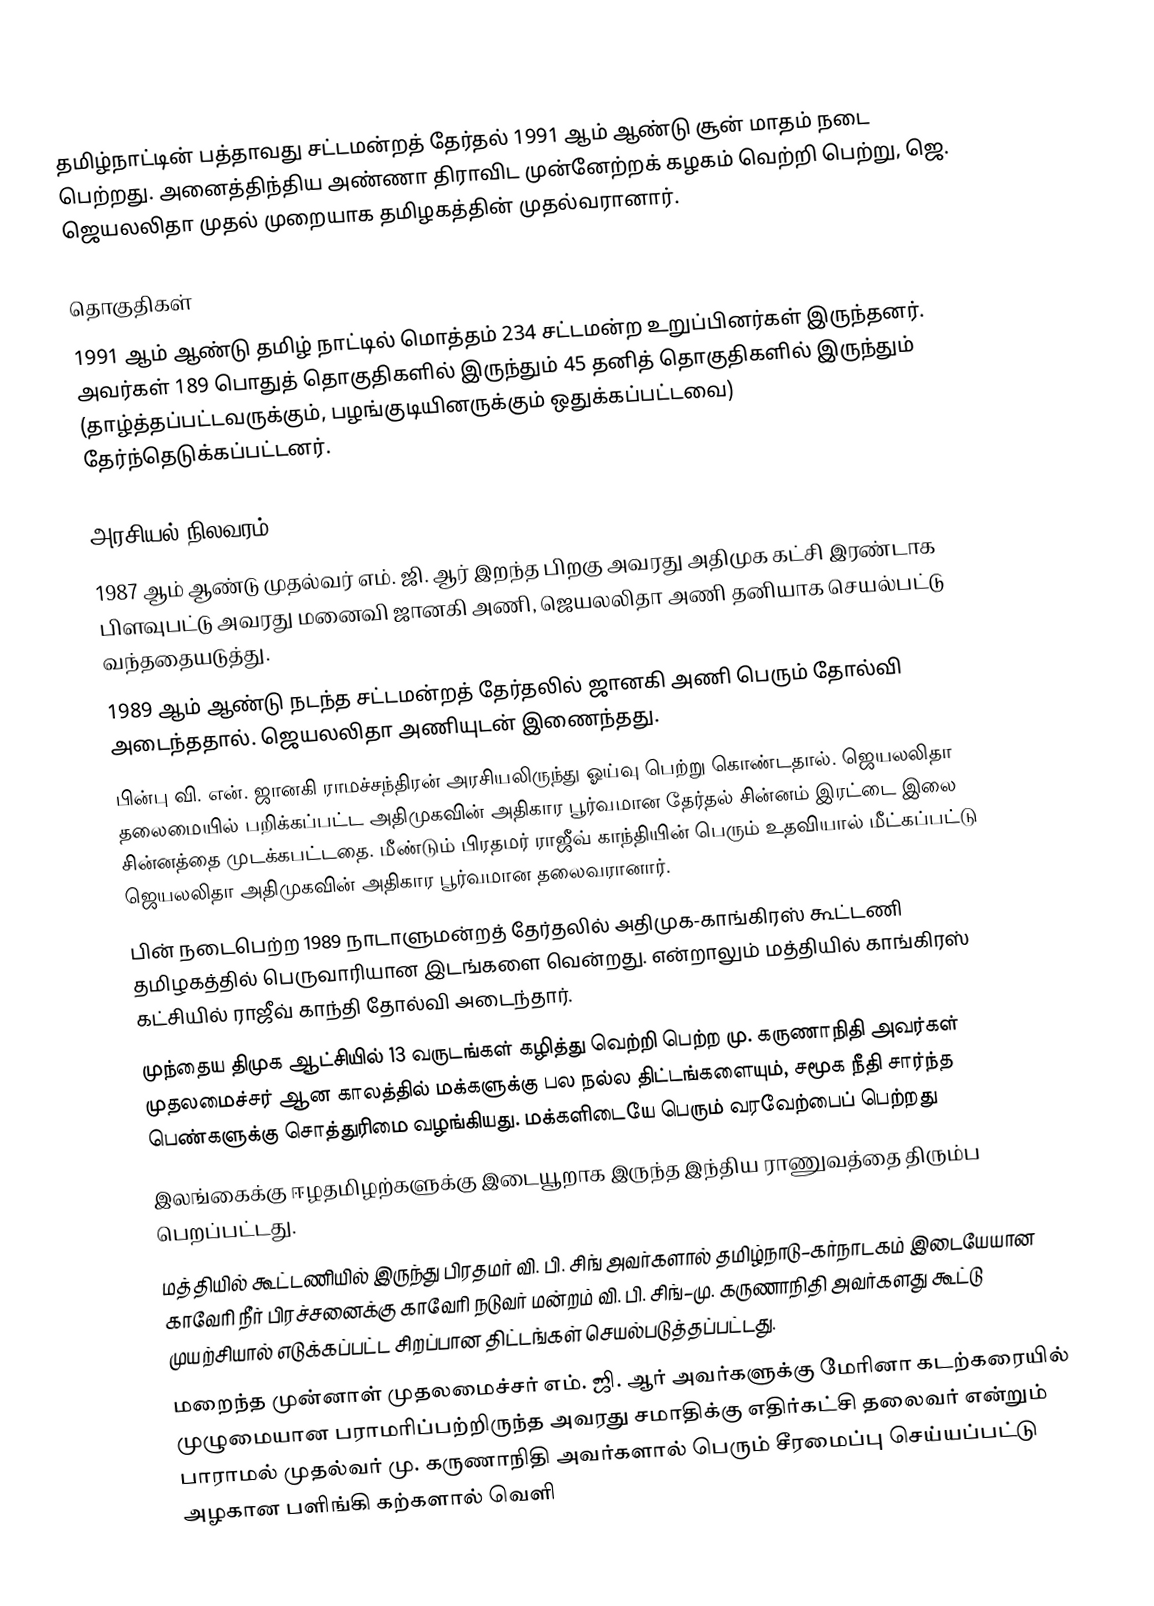
தமிழ்நாட்டின் பத்தாவது சட்டமன்றத் தேர்தல் 1991 ஆம் ஆண்டு சூன் மாதம் நடை பெற்றது. அனைத்திந்திய அண்ணா திராவிட முன்னேற்றக் கழகம் வெற்றி பெற்று, ஜெ. ஜெயலலிதா முதல் முறையாக தமிழகத்தின் முதல்வரானார்.

தொகுதிகள்
1991 ஆம் ஆண்டு தமிழ் நாட்டில் மொத்தம் 234 சட்டமன்ற உறுப்பினர்கள் இருந்தனர். அவர்கள் 189  பொதுத் தொகுதிகளில் இருந்தும் 45 தனித் தொகுதிகளில் இருந்தும் (தாழ்த்தப்பட்டவருக்கும், பழங்குடியினருக்கும் ஒதுக்கப்பட்டவை) தேர்ந்தெடுக்கப்பட்டனர்.

அரசியல் நிலவரம்
 1987 ஆம் ஆண்டு முதல்வர் எம். ஜி. ஆர் இறந்த பிறகு அவரது அதிமுக கட்சி இரண்டாக பிளவுபட்டு அவரது மனைவி ஜானகி அணி, ஜெயலலிதா அணி தனியாக செயல்பட்டு வந்ததையடுத்து.
 1989 ஆம் ஆண்டு நடந்த சட்டமன்றத் தேர்தலில் ஜானகி அணி பெரும் தோல்வி அடைந்ததால். ஜெயலலிதா அணியுடன் இணைந்தது.
 பின்பு வி. என். ஜானகி ராமச்சந்திரன் அரசியலிருந்து ஓய்வு பெற்று கொண்டதால். ஜெயலலிதா தலைமையில் பறிக்கப்பட்ட அதிமுகவின் அதிகார பூர்வமான தேர்தல் சின்னம் இரட்டை இலை சின்னத்தை முடக்கபட்டதை. மீண்டும் பிரதமர் ராஜீவ் காந்தியின் பெரும் உதவியால் மீட்கப்பட்டு ஜெயலலிதா அதிமுகவின் அதிகார பூர்வமான தலைவரானார்.
 பின் நடைபெற்ற 1989 நாடாளுமன்றத் தேர்தலில் அதிமுக-காங்கிரஸ் கூட்டணி தமிழகத்தில் பெருவாரியான இடங்களை வென்றது. என்றாலும் மத்தியில் காங்கிரஸ் கட்சியில் ராஜீவ் காந்தி தோல்வி அடைந்தார்.
 முந்தைய திமுக ஆட்சியில் 13 வருடங்கள் கழித்து வெற்றி பெற்ற மு. கருணாநிதி அவர்கள் முதலமைச்சர் ஆன காலத்தில் மக்களுக்கு பல நல்ல திட்டங்களையும், சமூக நீதி சார்ந்த பெண்களுக்கு சொத்துரிமை வழங்கியது. மக்களிடையே பெரும் வரவேற்பைப் பெற்றது
 இலங்கைக்கு ஈழதமிழற்களுக்கு இடையூறாக இருந்த இந்திய ராணுவத்தை திரும்ப பெறப்பட்டது.
 மத்தியில் கூட்டணியில் இருந்து பிரதமர் வி. பி. சிங் அவர்களால் தமிழ்நாடு–கர்நாடகம் இடையேயான காவேரி நீர் பிரச்சனைக்கு காவேரி நடுவர் மன்றம் வி. பி. சிங்–மு. கருணாநிதி அவர்களது கூட்டு முயற்சியால் எடுக்கப்பட்ட சிறப்பான திட்டங்கள் செயல்படுத்தப்பட்டது.
 மறைந்த முன்னாள் முதலமைச்சர் எம். ஜி. ஆர் அவர்களுக்கு மேரினா கடற்கரையில் முழுமையான பராமரிப்பற்றிருந்த அவரது சமாதிக்கு எதிர்கட்சி தலைவர் என்றும் பாராமல் முதல்வர் மு. கருணாநிதி அவர்களால் பெரும் சீரமைப்பு செய்யப்பட்டு அழகான பளிங்கி கற்களால் வெளி